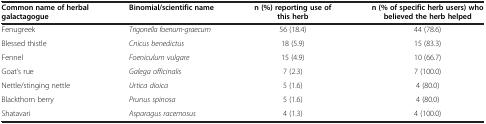
| Common name of herbal galactagogue | Binomial/scientific name | n (%) reporting use of this herb | n (% of specific herb users) who believed the herb helped |
 | --- | --- | --- | --- |
 | Fenugreek | Trigonella foenum-graecum | 56 (18.4) | 44 (78.6) |
 | Blessed thistle | Cnicus benedictus | 18 (5.9) | 15 (83.3) |
 | Fennel | Foeniculum vulgare | 15 (4.9) | 10 (66.7) |
 | Goat’s rue | Galega officinalis | 7 (2.3) | 7 (100.0) |
 | Nettle/stinging nettle | Urtica dioica | 5 (1.6) | 4 (80.0) |
 | Blackthorn berry | Prunus spinosa | 5 (1.6) | 4 (80.0) |
 | Shatavari | Asparagus racemosus | 4 (1.3) | 4 (100.0) |